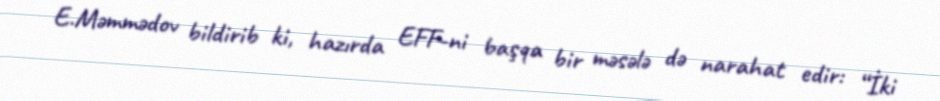
E.Məmmədov bildirib ki, hazırda EFF-ni başqa bir məsələ də narahat edir: “İki